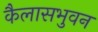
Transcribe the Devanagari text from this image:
कैलासभुवन